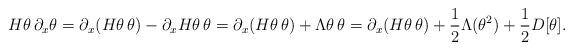
LaTeX: \begin{align*}H \theta \, \partial_x \theta = \partial_x (H \theta \, \theta) - \partial_x H \theta \, \theta= \partial_x (H \theta \, \theta) + \Lambda \theta \, \theta = \partial_x (H \theta \, \theta) + \frac 12 \Lambda (\theta^2) + \frac 12 D[\theta].\end{align*}